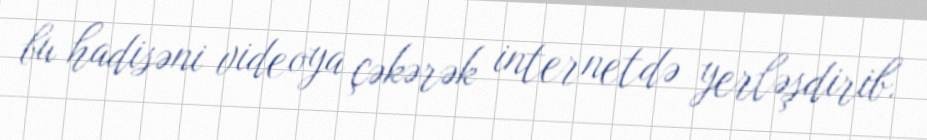
bu hadisəni videoya çəkərək internetdə yerləşdirib.